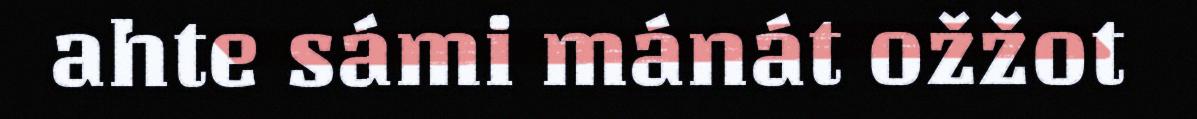
ahte sámi mánát ožžot